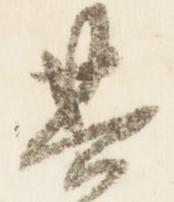
其